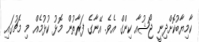
ކާމިޔާބުކޮށްދިނީ ޖޯޝުއާ ކިންގް އެވެ. އޭނާގެ ފަރާތުން މޮޅު ކުޅުމެއް މި މެޗުގައި